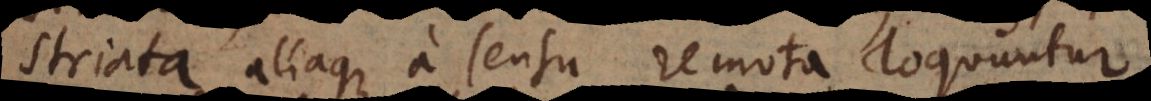
striata aliaque a sensu remota loquuntur,